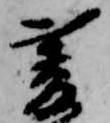
菱